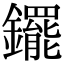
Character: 䥯